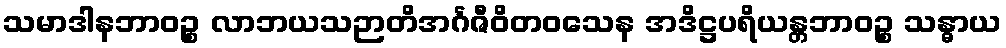
သမာဒါနဘာဝဉ္စ လာဘယသဉာတိအင်္ဂဇီဝိတဝသေန အဒိဋ္ဌပရိယန္တဘာဝဉ္စ သန္ဓာယ